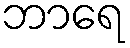
ဘာရေ